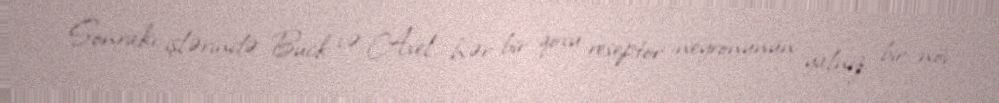
Sonrakı işlərində Buck və Axel hər bir qoxu reseptor neyronunun yalnız bir növ